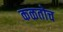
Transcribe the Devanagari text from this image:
कळतोच